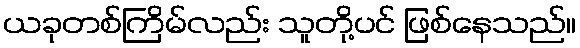
ယခုတစ်ကြိမ်လည်း သူတို့ပင် ဖြစ်နေသည်။